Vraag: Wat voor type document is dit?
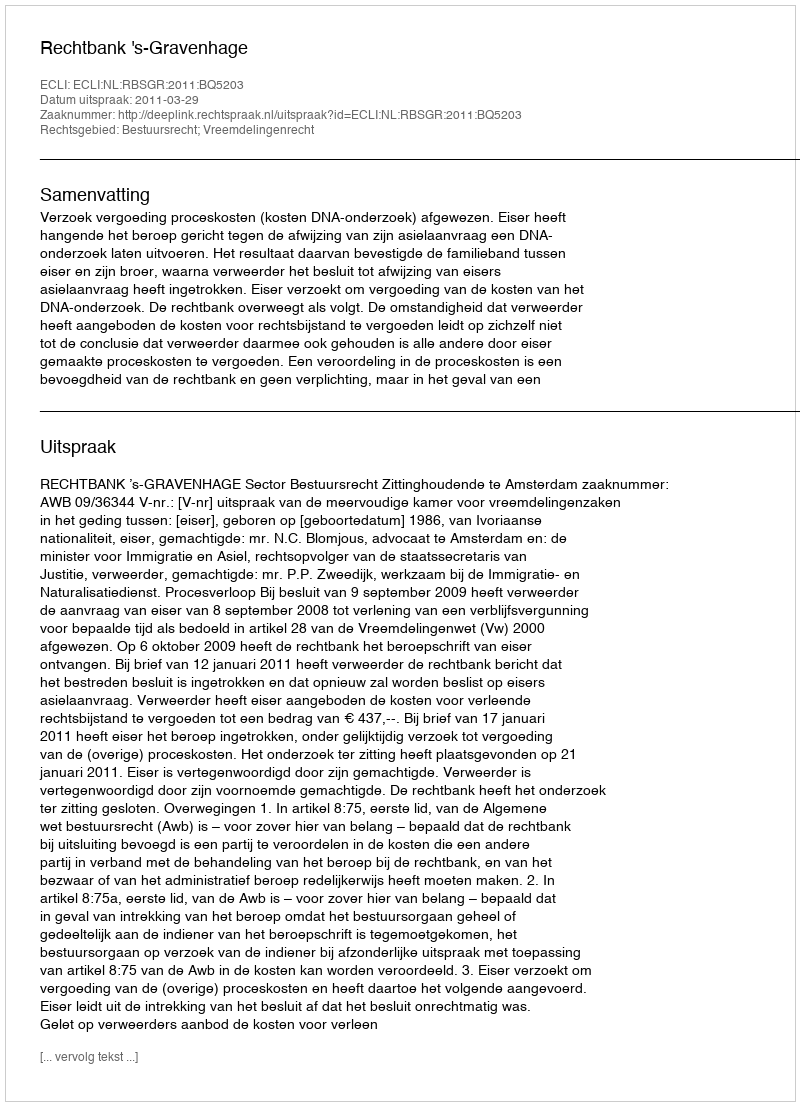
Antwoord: Uitspraak